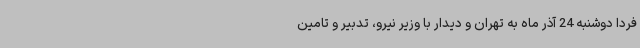
فردا دوشنبه 24 آذر ماه به تهران و دیدار با وزیر نیرو، تدبیر و تامین